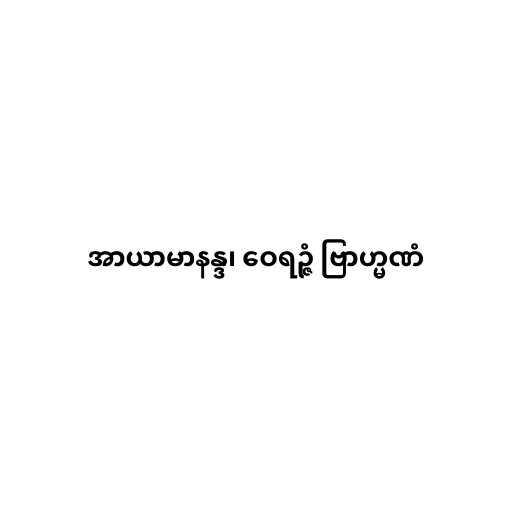
အာယာမာနန္ဒ၊ ဝေရဉ္ဇံ ဗြာဟ္မဏံ